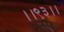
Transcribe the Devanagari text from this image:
।।९३।।